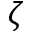
\zeta